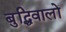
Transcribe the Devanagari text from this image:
बुद्धिवालों